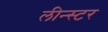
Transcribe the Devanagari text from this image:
लीन्स्टर